Civil Veterinary Dept. Assam report 1911-1927 - 1911-1927
Year: 1911
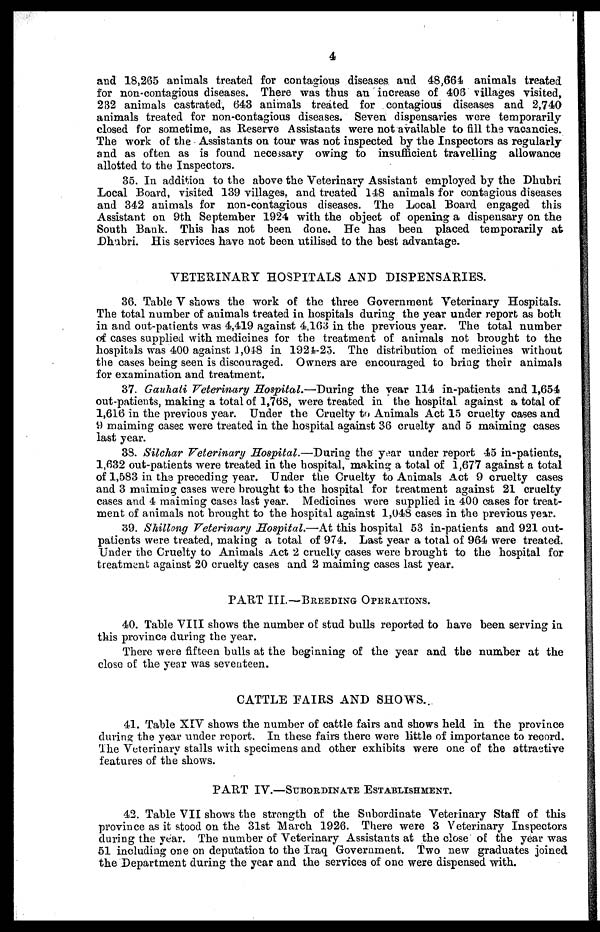
4
and 18,265 animals treated for contagious diseases and 48,664 animals treated
for non-contagious diseases. There was thus an increase of 408 villages visited,
232 animals castrated, 643 animals treated for contagious diseases and 2,740
animals treated for non-contagious diseases. Seven dispensaries were temporarily
closed for sometime, as Reserve Assistants were not available to fill the vacancies.
The work of the Assistants on tour was not inspected by the Inspectors as regularly
and as often as is found necessary owing to insufficient travelling allowance
allotted to the Inspectors.
35. In addition to the above the Veterinary Assistant employed by the Dhubri
Local Board, visited 139 villages, and treated 148 animals for contagious diseases
and 342 animals for non-contagious diseases. The Local Board engaged this
Assistant on 9th September 1924 with the object of opening a dispensary on the
South Bank. This has not been done. He has been placed temporarily at
Dhubri. His services have not been utilised to the best advantage.
VETERINARY HOSPITALS AND DISPENSARIES.
36. Table V shows the work of the three Government Veterinary Hospitals.
The total number of animals treated in hospitals during the year under report as both
in and out-patients was 4,419 against 4,163 in the previous year. The total number
of cases supplied with medicines for the treatment of animals not brought to the
hospitals was 400 against 1,018 in 1924-25. The distribution of medicines without
the cases being seen is discouraged. Owners are encouraged to bring their animals
for examination and treatment.
37. Gauhati Veterinary Hospital.—During
the year 114 in-patients and 1,654
out-patients, making a total of 1,768, were treated in the hospital against a total of
1,616 in the previous year. Under the Cruelty to Animals Act 15 cruelty cases and
9 maiming cases were treated in the hospital against 36 cruelty and 5 maiming cases
last year.
38. Silchar Veterinary Hospital.—During
the year under report 45 in-patients,
1,632 out-patients were treated in the hospital, making a total of 1,677 against a total
of 1,583 in the preceding year. Under the Cruelty to Animals Act 9 cruelty cases
and 3 maiming cases were brought to the hospital for treatment against 21 cruelty
cases and 4 maiming cases last year. Medicines were supplied in 400 cases for treat-
ment of animals not brought to the hospital against 1,048 cases in the previous year.
39. Shillong Veterinary Hospital.—At this hospital 53 in-patients and 921 out-
patients were treated, making a total of 974. Last year a total of 964 were treated.
Under the Cruelty to Animals Act 2 cruelty cases were brought to the hospital for
treatment against 20 cruelty cases and 2 maiming cases last year.
PART III.—BREEDING OPERATIONS.
40. Table VIII shows the number of stud bulls reported to have been serving in
this province during the year.
There were fifteen bulls at the beginning of the year and the number at the
close of the year was seventeen.
CATTLE FAIRS AND SHOWS.
41. Table XIV shows the number of cattle fairs and shows held in the province
during the year under report. In these fairs there were little of importance to record.
The Veterinary stalls with specimens and other exhibits were one of the attractive
features of the shows.
PART IV.—SUBORDINATE ESTABLISHMENT.
42. Table VII shows the strength of the Subordinate Veterinary Staff of this
province as it stood on the 31st March 1926. There were 3 Veterinary Inspectors
during the year. The number of Veterinary Assistants at the close of the year was
51 including one on deputation to the Iraq Government. Two new graduates joined
the Department during the year and the services of one were dispensed with.